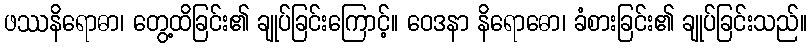
ဖဿနိရောဓာ၊ တွေ့ထိခြင်း၏ ချုပ်ခြင်းကြောင့်။ ဝေဒနာ နိရောဓော၊ ခံစားခြင်း၏ ချုပ်ခြင်းသည်။